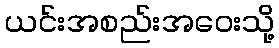
ယင်းအစည်းအဝေးသို့